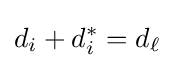
d_{i}+d_{i}^{*}=d_{\ell }